Annual administration report of the Civil Veterinary Department of India - 1908-1909
Year: 1908
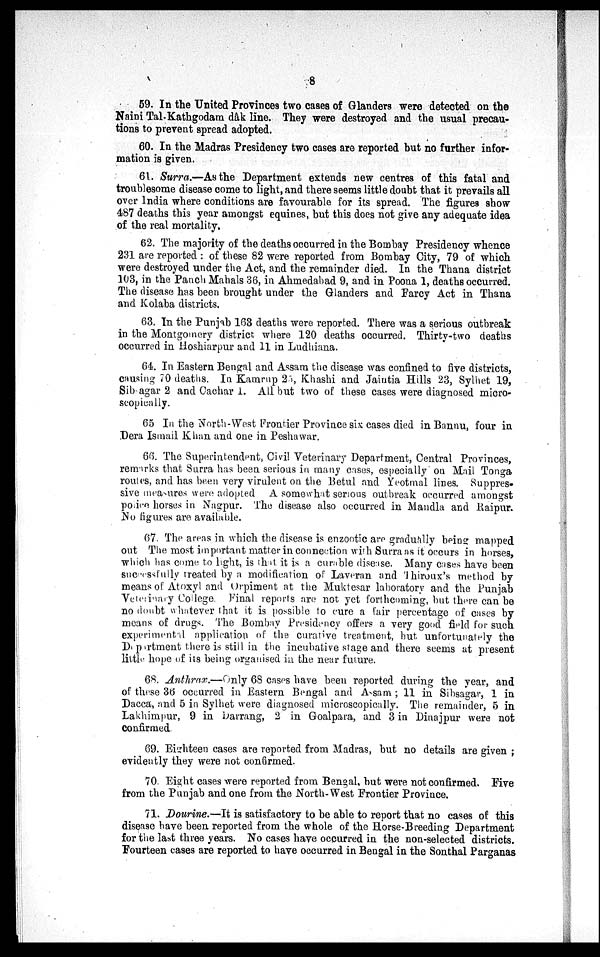
8
59. In the United Provinces two cases of Glanders were detected on the
Naini Tal-Kathgodam dâk line. They were destroyed and the usual precau-
tions to prevent spread adopted.
60. In the Madras Presidency two cases are reported but no further infor-
mation is given.
61. Surra.—As the Department extends new centres of this fatal and
troublesome disease come to light, and there seems little doubt that it prevails all
over India where conditions are favourable for its spread. The figures show
487 deaths this year amongst equines, but this does not give any adequate idea
of the real mortality.
62. The majority of the deaths occurred in the Bombay Presidency whence
231 are reported: of these 82 were reported from Bombay City, 79 of which
were destroyed under the Act, and the remainder died. In the Thana district
103, in the Panch Mahals 36, in Ahmedabad 9, and in Poona 1, deaths occurred.
The disease has been brought under the Glanders and Farcy Act in Thana
and Kolaba districts.
63. In the Punjab 163 deaths were reported. There was a serious outbreak
in the Montgomery district where 120 deaths occurred. Thirty-two deaths
occurred in Hoshiarpur and 11 in Ludhiana.
64. In Eastern Bengal and Assam the disease was confined to five districts,
causing 70 deaths. In Kamrup 25, Khashi and Jaintia Hills 23, Sylhet 19,
Sib agar 2 and Cachar 1. All but two of these cases were diagnosed micro-
scopically.
65 In the North-West Frontier Province six cases died in Bannu, four in
Dera Ismail Khan and one in Peshawar.
66. The Superintendent, Civil Veterinary Department, Central Provinces,
remarks that Surra has been serious in many cases, especially on Mail Tonga
routes, and has been very virulent on the Betul and Yeotmal lines. Suppres-
sive measures were adopted A somewhat serious outbreak occurred amongst
police horses in Nagpur. The disease also occurred in Mandla and Raipur.
No figures are available.
67. The areas in which the disease is enzootic are gradually being mapped
out The most important matter in connection with Surra as it occurs in horses,
which has come to light, is that it is a curable disease. Many cases have been
successfully treated by a modification of Laveran and Thiroux's method by
means of Atoxyl and Orpiment at the Muktesar laboratory and the Punjab
Veterinary College. Final reports are not yet forthcoming, but there can be
no doubt whatever that it is possible to cure a fair percentage of cases by
means of drugs. The Bombay Presidency offers a very good field for such
experimental application of the curative treatment, but, unfortunately the
Depertment there is still in the incubative stage and there seems at present
little hope of its being organised in the near future.
68. Anthrax.—Only 68 cases have been reported during the year, and
of these 36 occurred in Eastern Bengal and Assam.; 11 in Sibsagar, 1 in
Dacca, and 5 in Sylhet were diagnosed microscopically. The remainder, 5 in
Lakhimpur, 9 in Darrang, 2 in Goalpara, and 3 in Dinajpur were not
confirmed.
69. Eighteen cases are reported from Madras, but no details are given;
evidently they were not confirmed.
70. Eight cases were reported from Bengal, but were not confirmed. Five
from the Punjab and one from the North-West Frontier Province.
71. Dourine.—It is satisfactory to be able to report that no cases of this
disease have been reported from the whole of the Horse-Breeding Department
for the last three years. No cases have occurred in the non-selected districts.
Fourteen cases are reported to have occurred in Bengal in the Sonthal Parganas